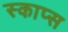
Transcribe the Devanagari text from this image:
स्काप्स